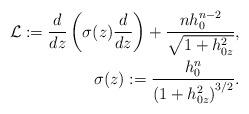
LaTeX: \begin{align*}\mathcal{L}:=\frac{d}{dz}\left( \sigma(z) \frac{d}{dz} \right) + \frac{ nh_0^{n-2} }{ \sqrt{1+h_{0z}^2} },\\\sigma(z):=\frac{ h_0^n }{ \left( 1+h_{0z}^2 \right)^{3/2} }.\end{align*}